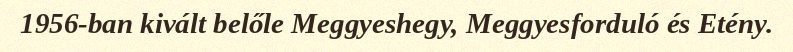
1956-ban kivált belőle Meggyeshegy, Meggyesforduló és Etény.